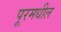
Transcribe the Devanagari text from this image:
पूरमधील